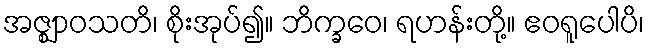
အဇ္ဈာဝသတိ၊ စိုးအုပ်၍။ ဘိက္ခဝေ၊ ရဟန်းတို့။ ဧဝရူပေါပိ၊